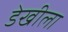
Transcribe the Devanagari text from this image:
डेखीला